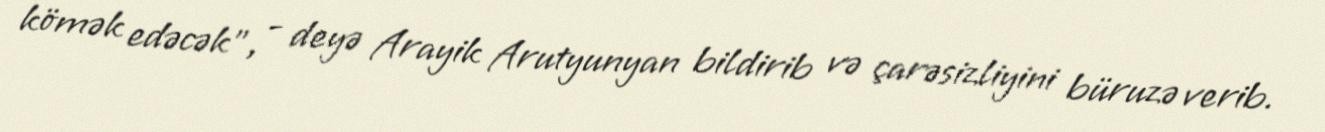
kömək edəcək”, - deyə Arayik Arutyunyan bildirib və çarəsizliyini büruzə verib.